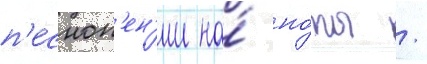
п'есноп'ен'ии на́ но́ты /